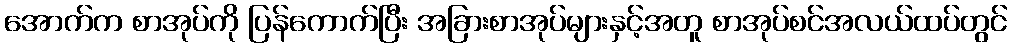
အောက်က စာအုပ်ကို ပြန်ကောက်ပြီး အခြားစာအုပ်များနှင့်အတူ စာအုပ်စင်အလယ်ထပ်တွင်